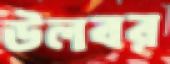
উলবর